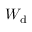
W _ { \mathrm { d } }